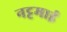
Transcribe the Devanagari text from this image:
नट्टमाई